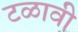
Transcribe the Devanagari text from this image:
टळावी